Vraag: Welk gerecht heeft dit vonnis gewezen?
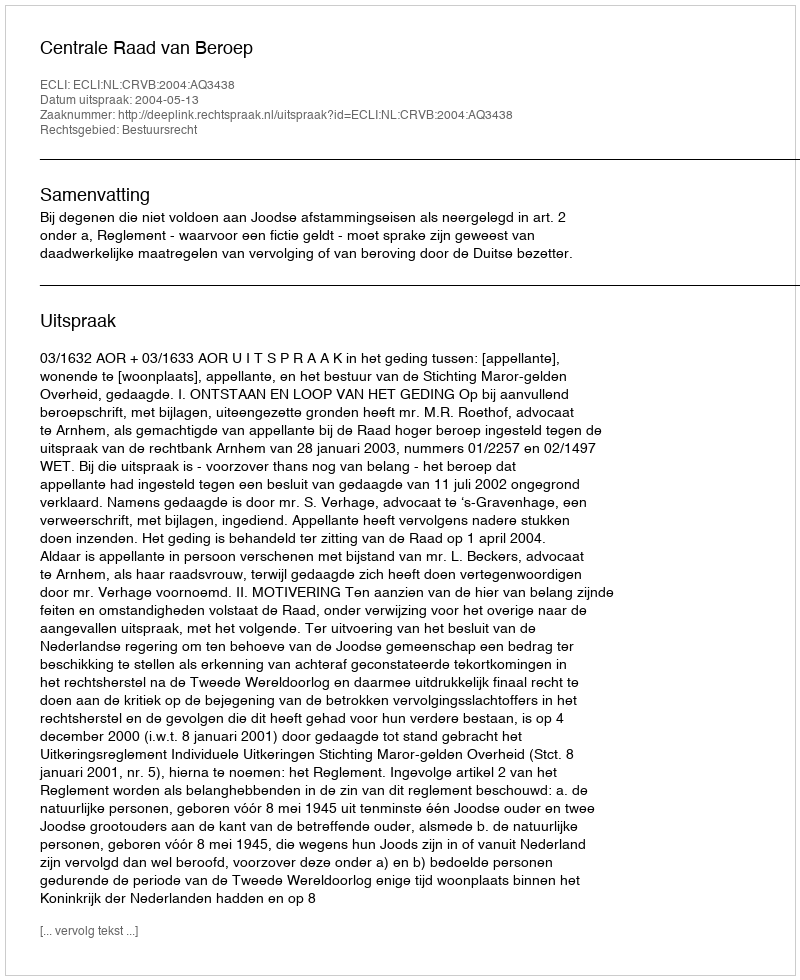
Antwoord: Centrale Raad van Beroep